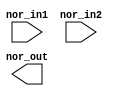
// This program was cloned from: https://github.com/intel/aib-phy-hardware
// License: Apache License 2.0

// SPDX-License-Identifier: Apache-2.0
// Copyright (C) 2019 Intel Corporation. All rights reserved
//****************************************************************************************
// (C) 2011 Altera Corporation. All rights reserved.
//
//****************************************************************************************

//------------------------------------------------------------------------
// Description: standard nor2 gate
//
//------------------------------------------------------------------------

module altr_hps_nor2
    (
    input  wire              nor_in1,     // and input 1
    input  wire              nor_in2,     // and input 2
    output  wire             nor_out      // and output
     );

`ifdef ALTR_HPS_INTEL_MACROS_OFF
    assign nor_out = ~(nor_in1 | nor_in2);
`else
`endif

endmodule // altr_hps_nor2